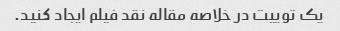
یک توییت در خلاصه مقاله نقد فیلم ایجاد کنید.